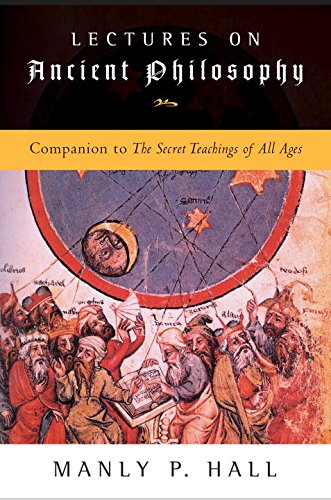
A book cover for Lectures on Ancient Philosophy; Manly P. Hall; Religion & Spirituality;